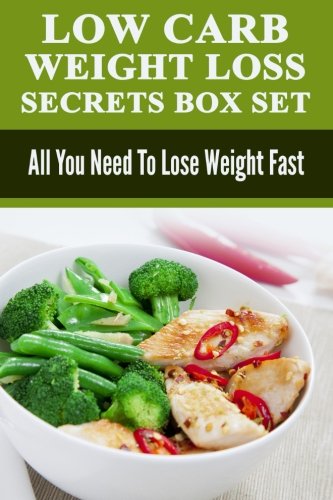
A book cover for Low Carb: Low Carb Weight Loss Secrets Box Set: All You Need To Lose Weight Fast (Dash Diet, Slow Cooker Meals, Low Carb Cookbook, Low Carb Recipes, Low Carb Diet, Low Carb, Paleo Diet); Mr Matthew Jones; Health, Fitness & Dieting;